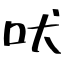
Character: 吠